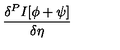
\frac { \delta ^ { P } I [ \phi + \psi ] } { \delta \eta }